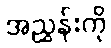
အညွှန်းကို